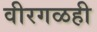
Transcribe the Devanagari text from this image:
वीरगळही